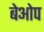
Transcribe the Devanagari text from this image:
बेओप